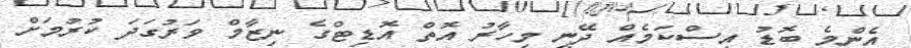
އެންމެ ބޮޑު އިސްކަމެއް ދޭނީ މިހާރު އޮތް އޮޑިޓްގެ ނިޒާމް ވަރުގަދަ ކުރުމަށް